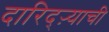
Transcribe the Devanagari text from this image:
दारिद्ऱ्याची